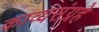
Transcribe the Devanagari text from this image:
काव्यसंग्रहे